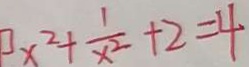
x ^ { 2 } + \frac { 1 } { x ^ { 2 } } + 2 = 4